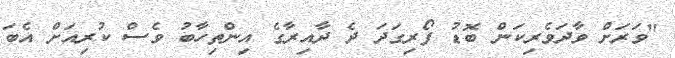
"ވަރަށް ވާދަވެރިކަން ބޮޑު ފޯރިގަދަ ދެ ދާއިރާގެ އިންތިހާބު ވެސް ކުރިއަށް އެބަ